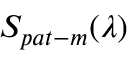
S _ { p a t - m } ( \lambda )